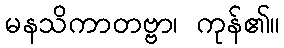
မနသိကာတဗ္ဗာ၊ ကုန်၏။